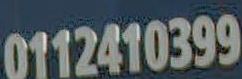
0112410399